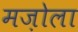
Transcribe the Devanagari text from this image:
मज़ोला